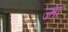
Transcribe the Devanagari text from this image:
ज्ता